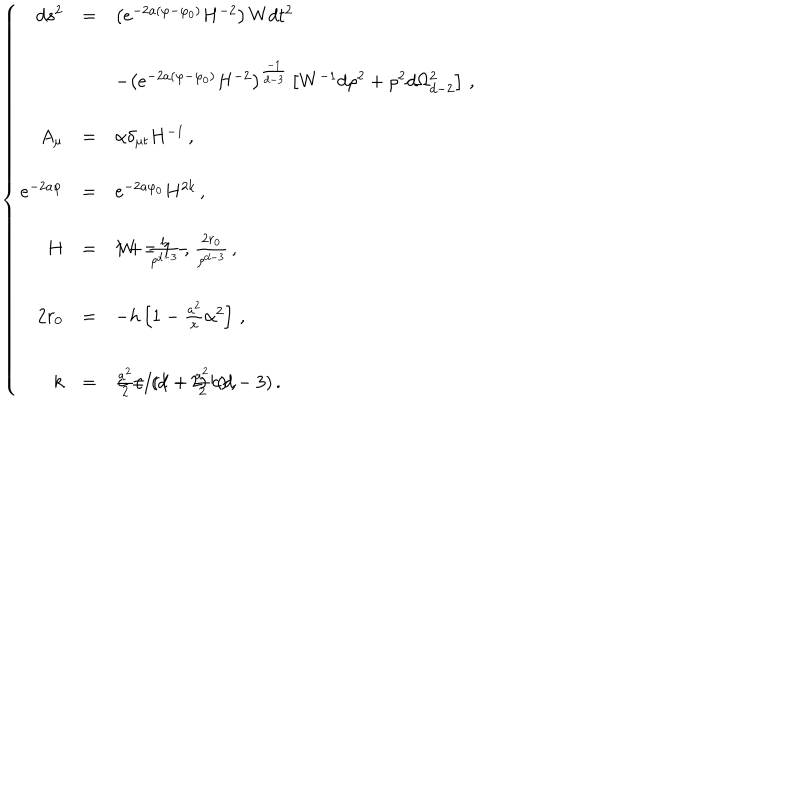
LaTeX: \left\{ \begin{array} { r c l } { { d s ^ { 2 } } } & { { = } } & { { \left( e ^ { - 2 a ( \varphi - \varphi _ { 0 } ) } H ^ { - 2 } \right) W d t ^ { 2 } } } \\ { { } } & { { } } & { { } } \\ { { } } & { { } } & { { - \left( e ^ { - 2 a ( \varphi - \varphi _ { 0 } ) } H ^ { - 2 } \right) ^ { \frac { - 1 } { d - 3 } } \left[ W ^ { - 1 } d \rho ^ { 2 } + \rho ^ { 2 } d \Omega _ { d - 2 } ^ { 2 } \right] \, , } } \\ { { } } & { { } } & { { } } \\ { { A _ { \mu } } } & { { = } } & { { \alpha \delta _ { \mu t } H ^ { - 1 } \, , } } \\ { { } } & { { } } & { { } } \\ { { e ^ { - 2 a \varphi } } } & { { = } } & { { e ^ { - 2 a \varphi _ { 0 } } H ^ { 2 k } \, , } } \\ { { } } & { { } } & { { } } \\ { { H } } & { { = } } & { { 1 + \frac { h } { \rho ^ { d - 3 } } \, , \hspace { 1 c m } W = 1 - \frac { 2 r _ { 0 } } { \rho ^ { d - 3 } } \, , } } \\ { { } } & { { } } & { { } } \\ { { 2 r _ { 0 } } } & { { = } } & { { - h \left[ 1 - \frac { a ^ { 2 } } { x } \alpha ^ { 2 } \right] \, , } } \\ { { } } & { { } } & { { } } \\ { { k } } & { { = } } & { { \frac { a ^ { 2 } } { 2 } c / ( 1 + \frac { a ^ { 2 } } { 2 } c ) \, , \hspace { 1 c m } c = ( d - 2 ) / ( d - 3 ) \, . } } \\ \end{array} \right.